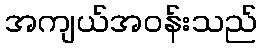
အကျယ်အဝန်းသည်